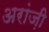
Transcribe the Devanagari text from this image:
अरांज़ी